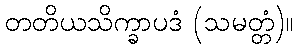
တတိယသိက္ခာပဒံ (သမတ္တံ)။